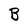
Character: B